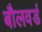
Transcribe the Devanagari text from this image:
बौलवर्ड